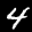
Label: 4